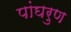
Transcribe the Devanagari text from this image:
पांघरुण